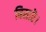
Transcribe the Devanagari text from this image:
बिसारॆ।